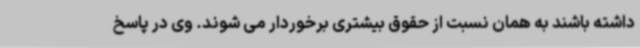
داشته باشند به همان نسبت از حقوق بیشتری برخوردار می شوند. وی در پاسخ